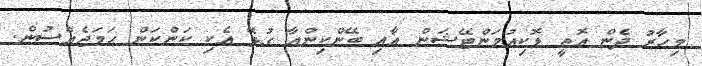
މިހާރު ދެން އޮތީ ޑޮކިއުމަންޓޭޝަން އާއި ބޭންކިންއާ ގުޅޭ އެކި ކަންކަން ހަމަޖެއްސުން.